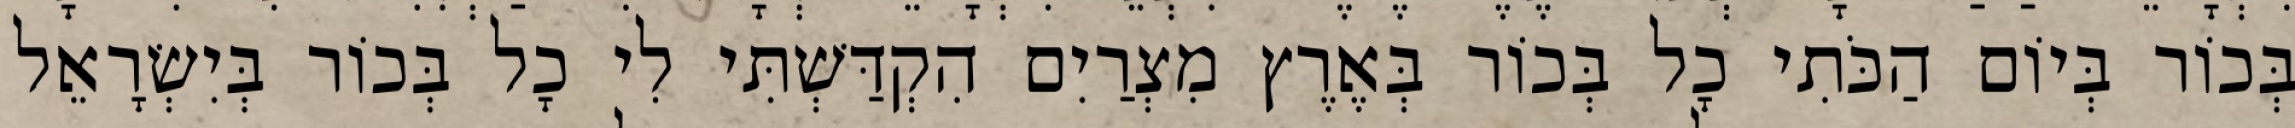
בְּכוֹר בְּיוֹם הַכֹּתִי כָל בְּכוֹר בְּאֶרֶץ מִצְרַיִם הִקְדַּשְׁתִּי לִי כָל בְּכוֹר בְּיִשְׂרָאֵל